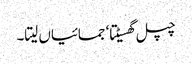
چپل گھسیٹتا‘ جمائیاں لیتا۔